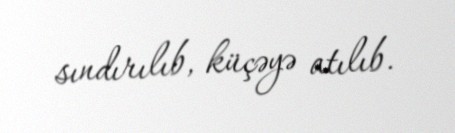
sındırılıb, küçəyə atılıb.